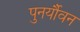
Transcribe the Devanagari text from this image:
पुनर्यौवन